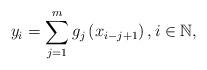
LaTeX: \begin{align*} y_i = \sum_{j=1}^{m} g_j\left( x_{i-j+1} \right) , i \in \mathbb{N} , \end{align*}